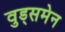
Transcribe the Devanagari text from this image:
वुड्समेन